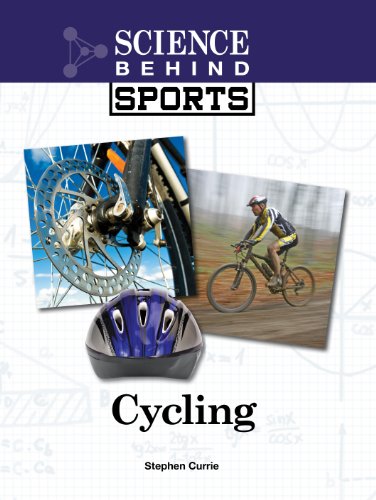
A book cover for Cycling (Science Behind Sports); Stephen Currie; Teen & Young Adult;